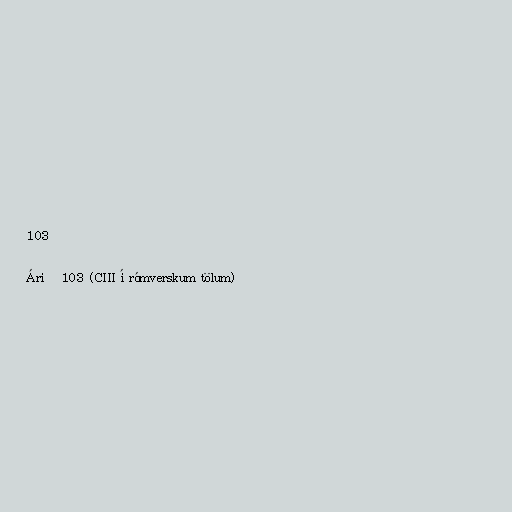
103

Árið 103 (CIII í rómverskum tölum)